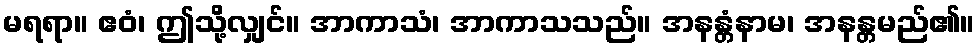
မရရာ။ ဧဝံ၊ ဤသို့လျှင်။ အာကာသံ၊ အာကာသသည်။ အနန္တံနာမ၊ အနန္တမည်၏။